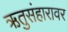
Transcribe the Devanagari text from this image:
ऋतुसंहारावर